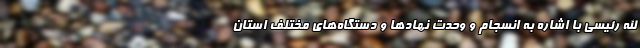
الله رئیسی با اشاره به انسجام و وحدت نهادها و دستگاه‌های مختلف استان